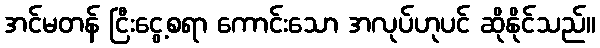
အင်မတန် ငြီးငွေ့စရာ ကောင်းသော အလုပ်ဟုပင် ဆိုနိုင်သည်။